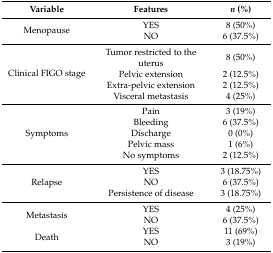
<table><thead><tr><td><b>Variable</b></td><td><b>Features</b></td><td><b><i>N</i> (%)</b></td></tr></thead><tbody><tr><td rowspan="2">Menopause</td><td>YES</td><td>8 (50%)</td></tr><tr><td>NO</td><td>6 (37.5%)</td></tr><tr><td rowspan="4">Clinical FIGO stage</td><td>Tumor restricted to the uterus</td><td>8 (50%)</td></tr><tr><td>Pelvic extension</td><td>2 (12.5%)</td></tr><tr><td>Extra-pelvic extension</td><td>2 (12.5%)</td></tr><tr><td>Visceral metastasis</td><td>4 (25%)</td></tr><tr><td rowspan="5">Symptoms</td><td>Pain</td><td>3 (19%)</td></tr><tr><td>Bleeding</td><td>6 (37.5%)</td></tr><tr><td>Discharge</td><td>0 (0%)</td></tr><tr><td>Pelvic mass</td><td>1 (6%)</td></tr><tr><td>No symptoms</td><td>2 (12.5%)</td></tr><tr><td rowspan="3">Relapse</td><td>YES</td><td>3 (18.75%)</td></tr><tr><td>NO</td><td>6 (37.5%)</td></tr><tr><td>Persistence of disease</td><td>3 (18.75%)</td></tr><tr><td rowspan="2">Metastasis</td><td>YES</td><td>4 (25%)</td></tr><tr><td>NO</td><td>6 (37.5%)</td></tr><tr><td rowspan="2">Death</td><td>YES</td><td>11 (69%)</td></tr><tr><td>NO</td><td>3 (19%)</td></tr></tbody></table>